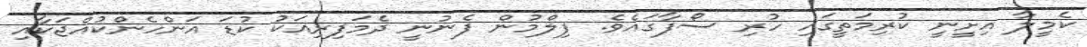
ކެމީލާ އިށީނީ ކުރިމަތީގައި ހުރި ސޯފާގައެވެ. ފިލްމުން ފެނުނީ ދެމަފިރިއަކު ކުޑަ އަންހެންކުއްޖަކާއި